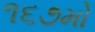
૧૬૭મો